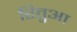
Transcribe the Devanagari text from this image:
रितुआ